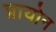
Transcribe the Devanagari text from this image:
प्रायोन